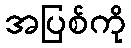
အပြစ်ကို